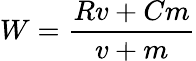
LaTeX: W={\frac{Rv+Cm}{v+m}}